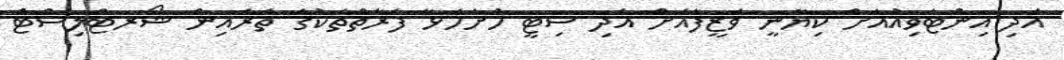
އަދި އިންޓަވިއުއަށް ކިޔާނީ ވަޒީފާއަށް އެދި ސިޓީ ހުށަހަޅާ ފަރާތްތަކުގެ ތެރެއިން ޝޯރޓްލިސްޓް